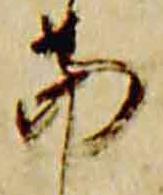
当